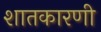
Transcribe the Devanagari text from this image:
शातकारणी